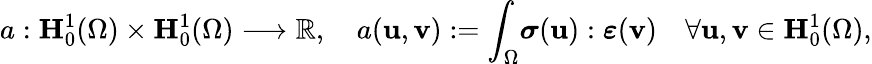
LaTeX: a:\mathbf{H}_{0}^{1}(\Omega)\times\mathbf{H}_{0}^{1}(\Omega)\longrightarrow\mathbb{R},\quad a(\textbf{u},\textbf{v}):=\displaystyle{\int_{\Omega}}\boldsymbol{\sigma}(\textbf{u}):\boldsymbol{\varepsilon}(\textbf{v})\quad\forall\textbf{u},\textbf{v}\in\mathbf{H}_{0}^{1}(\Omega),